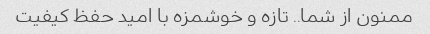
ممنون از شما.. تازه و خوشمزه با امید حفظ کیفیت